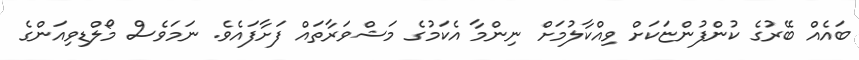
ބައެއް ބޭރުގެ ކުންފުންޏަކަށް ވިއްކާލުމަށް ނިންމާ އެކަމުގެ މަޝްވަރާތައް ފަށާފައެވެ. ނަމަވެސް މޯލްޑިވިއަންގެ